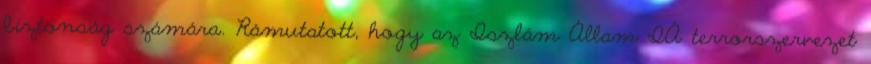
biztonság számára. Rámutatott, hogy az Iszlám Állam IÁ terrorszervezet